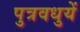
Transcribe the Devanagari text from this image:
पुत्रवधुयें